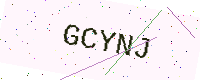
Text: GCYNJ